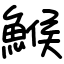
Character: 鯸